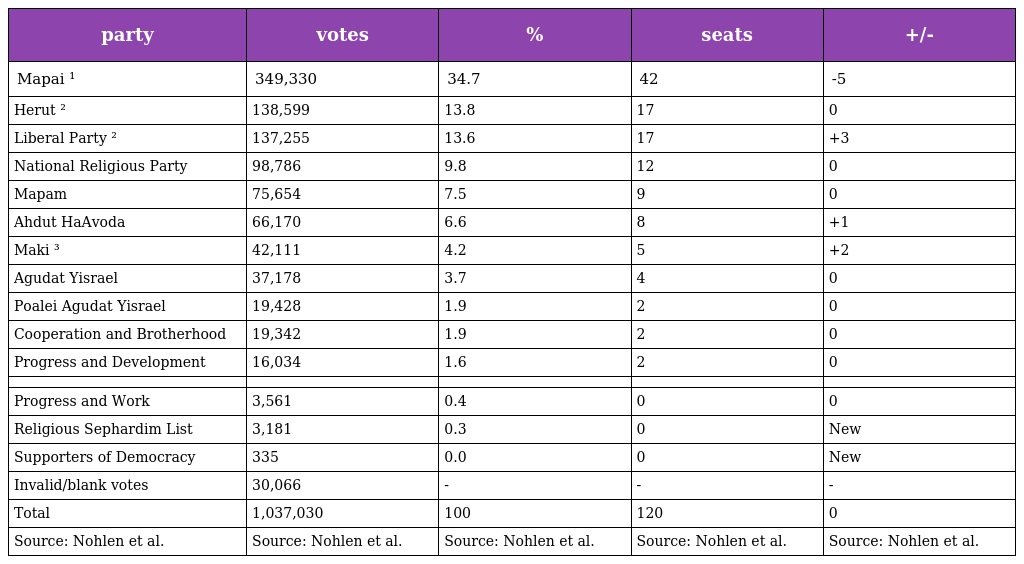
| party | votes | % | seats | +/- |
 | --- | --- | --- | --- | --- |
 | Mapai ¹ | 349,330 | 34.7 | 42 | -5 |
 | Herut ² | 138,599 | 13.8 | 17 | 0 |
 | Liberal Party ² | 137,255 | 13.6 | 17 | +3 |
 | National Religious Party | 98,786 | 9.8 | 12 | 0 |
 | Mapam | 75,654 | 7.5 | 9 | 0 |
 | Ahdut HaAvoda | 66,170 | 6.6 | 8 | +1 |
 | Maki ³ | 42,111 | 4.2 | 5 | +2 |
 | Agudat Yisrael | 37,178 | 3.7 | 4 | 0 |
 | Poalei Agudat Yisrael | 19,428 | 1.9 | 2 | 0 |
 | Cooperation and Brotherhood | 19,342 | 1.9 | 2 | 0 |
 | Progress and Development | 16,034 | 1.6 | 2 | 0 |
 |  |  |  |  |  |
 | Progress and Work | 3,561 | 0.4 | 0 | 0 |
 | Religious Sephardim List | 3,181 | 0.3 | 0 | New |
 | Supporters of Democracy | 335 | 0.0 | 0 | New |
 | Invalid/blank votes | 30,066 | - | - | - |
 | Total | 1,037,030 | 100 | 120 | 0 |
 | Source: Nohlen et al. | Source: Nohlen et al. | Source: Nohlen et al. | Source: Nohlen et al. | Source: Nohlen et al. |